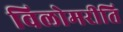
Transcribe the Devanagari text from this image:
विलोमरीति